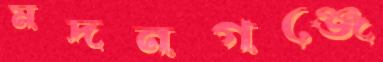
মদনগঞ্জে